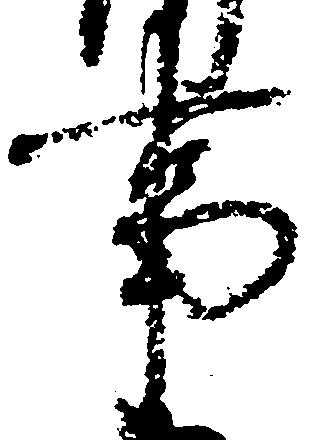
事